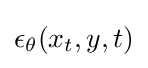
\epsilon _{\theta }(x_{t},y,t)